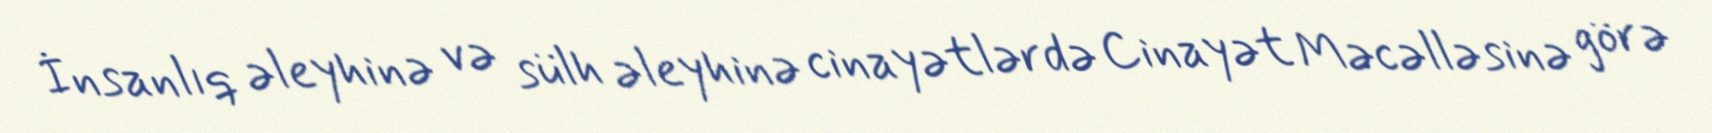
İnsanlıq əleyhinə və sülh əleyhinə cinayətlərdə Cinayət Məcəlləsinə görə